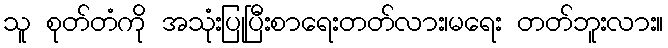
သူ စုတ်တံကို အသုံးပြုပြီးစာရေးတတ်လား၊မရေး တတ်ဘူးလား။